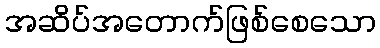
အဆိပ်အတောက်ဖြစ်စေသော